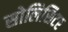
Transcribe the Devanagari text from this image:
सोलिसिटर